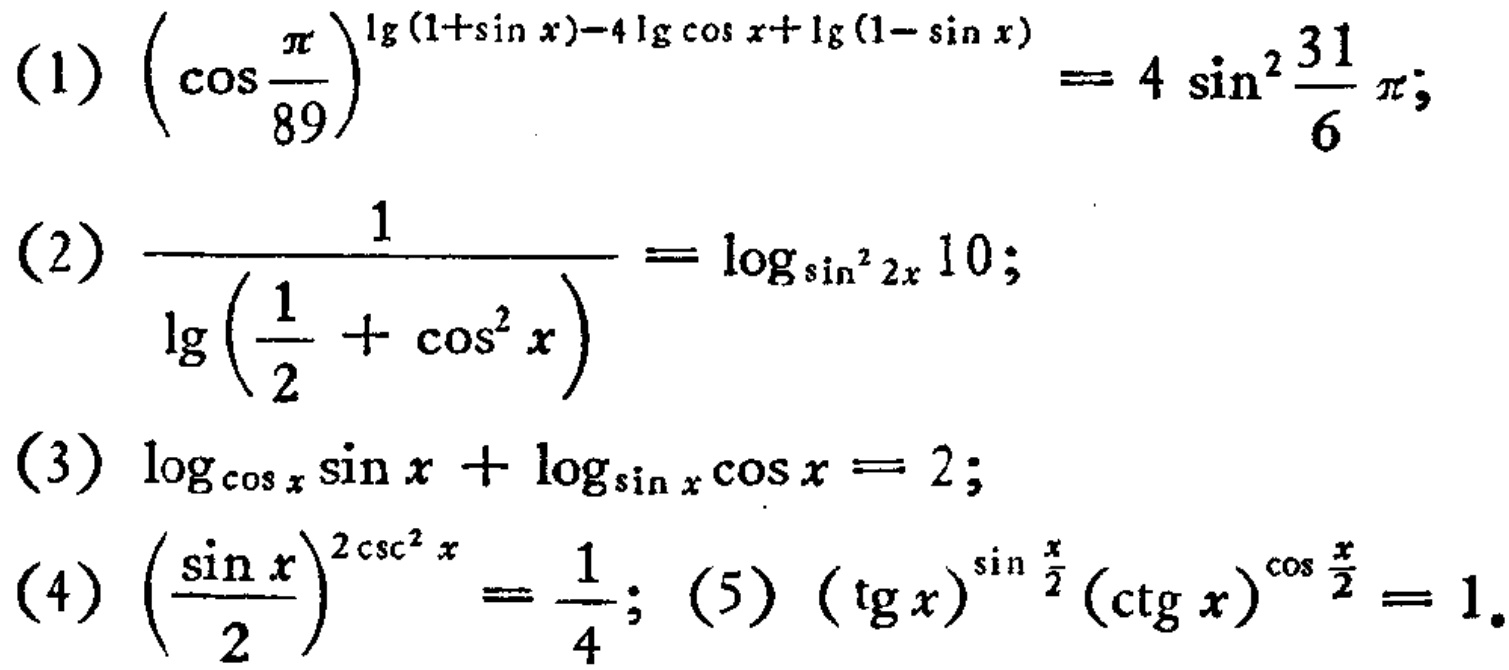
(1) \(\left(\cos\frac{\pi}{89}\right)^{\lg(1 + \sin x)-4\lg\cos x+\lg(1 - \sin x)} = 4\sin^{2}\frac{31}{6}\pi\);
(2) \(\frac{1}{\lg\left(\frac{1}{2}+\cos^{2}x\right)}=\log_{\sin^{2}2x}10\);
(3) \(\log_{\cos x}\sin x+\log_{\sin x}\cos x = 2\);
(4) \(\left(\frac{\sin x}{2}\right)^{2\csc^{2}x}=\frac{1}{4}\); (5) \((\tg x)^{\sin\frac{x}{2}}(\ctg x)^{\cos\frac{x}{2}} = 1\).